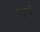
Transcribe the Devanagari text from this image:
नरं